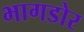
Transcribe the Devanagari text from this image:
भागडोर